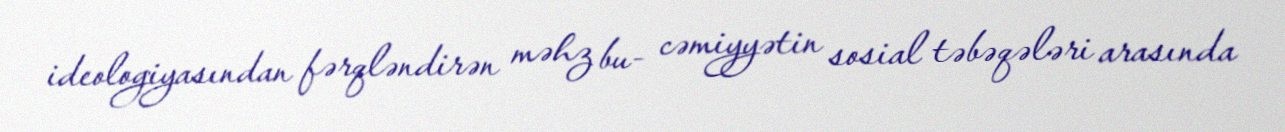
ideologiyasından fərqləndirən məhz bu- cəmiyyətin sosial təbəqələri arasında